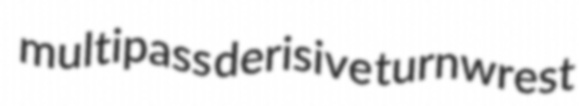
multipass derisive turnwrest